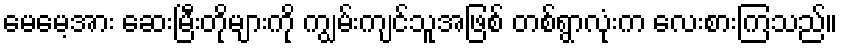
မေမေ့အား ဆေးမြီးတိုများကို ကျွမ်းကျင်သူအဖြစ် တစ်ရွာလုံးက လေးစားကြသည်။